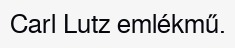
Carl Lutz emlékmű.